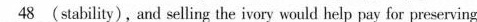
\underline{48} (stability), and selling the ivory would help pay for preserving